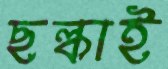
ছল্‌কাই